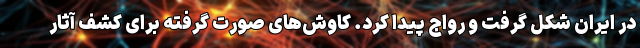
در ایران شکل گرفت و رواج پیدا کرد. کاوش‌های صورت گرفته برای کشف آثار